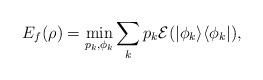
LaTeX: \begin{align*}E_f(\rho) = \min_{p_k, \phi_k} \sum_k p_k {\mathcal E}(|\phi_k\rangle \langle \phi_k|),\end{align*}